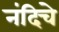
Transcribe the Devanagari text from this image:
नंदिचे